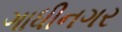
ગાધીનગર